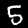
Digit: 5